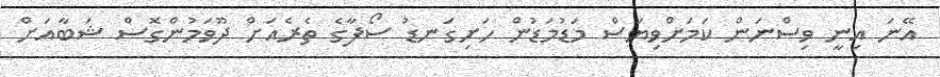
އޭނަ އިނީ ވިސްނަން ކަމަށްވިޔަސް މަޑުމަޑުން ހަށިގަނޑު ސޯފާގެ ތެރެއަށް ދޫވަމުންގޮސް ޝަބާއަށް